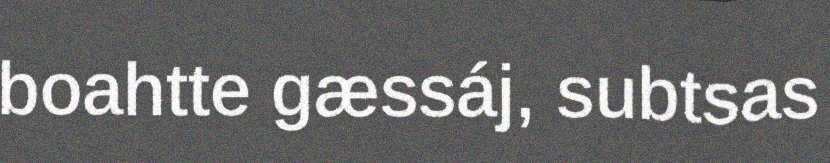
boahtte gæssáj, subtsas